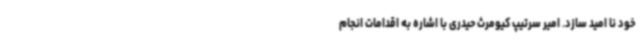
خود نا امید سازد. امیر سرتیپ کیومرث حیدری با اشاره به اقدامات انجام